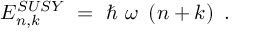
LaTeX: E _ { n , k } ^ { S U S Y } ~ = ~ \hbar ~ \omega ~ \left( n + k \right) ~ .